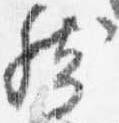
然